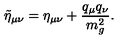
\tilde { \eta } _ { \mu \nu } = \eta _ { \mu \nu } + \frac { q _ { \mu } q _ { \nu } } { m _ { g } ^ { 2 } } .